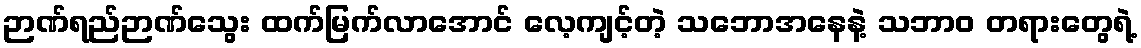
ဉာဏ်ရည်ဉာဏ်သွေး ထက်မြက်လာအောင် လေ့ကျင့်တဲ့ သဘောအနေနဲ့ သဘာဝ တရားတွေရဲ့